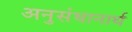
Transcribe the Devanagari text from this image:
अनुसंधानार्थ